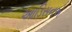
આડિસનએ